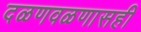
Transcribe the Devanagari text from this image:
दळणवळणासही